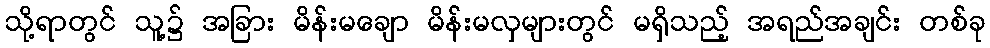
သို့ရာတွင် သူ့၌ အခြား မိန်းမချော မိန်းမလှများတွင် မရှိသည့် အရည်အချင်း တစ်ခု